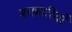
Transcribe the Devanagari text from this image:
बमबारियाँ